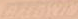
BABYOD